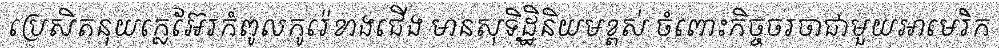
ប្រេសិតនុយក្លេអ៊ែរកំពូលកូរ៉េខាងជើង មានសុទិដ្ឋិនិយមខ្ពស់ ចំពោះកិច្ចចរចាជាមួយអាមេរិក